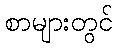
စာများတွင်